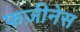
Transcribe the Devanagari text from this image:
फ़ज़ीनेस